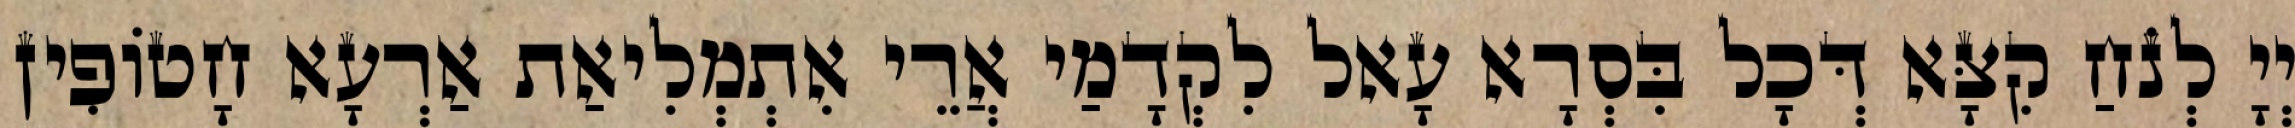
יְיָ לְנֹחַ קִצָּא דְּכָל בִּסְרָא עָאל לִקְדָמַי אֲרֵי אִתְמְלִיאַת אַרְעָא חָטוֹפִין